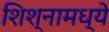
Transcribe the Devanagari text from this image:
शिश्नामध्ये